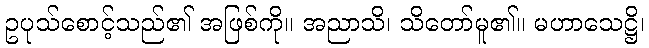
ဥပုသ်စောင့်သည်၏ အဖြစ်ကို။ အညာသိ၊ သိတော်မူ၏။ မဟာသေဋ္ဌိ၊